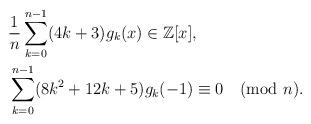
LaTeX: \begin{align*}&\frac{1}{n}\sum_{k=0}^{n-1}(4k+3)g_k(x) \in\mathbb{Z}[x],\quad\\&\sum_{k=0}^{n-1}(8k^2+12k+5)g_k(-1)\equiv 0\pmod{n}.\end{align*}